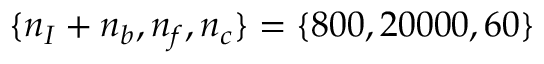
\{ n _ { I } + n _ { b } , n _ { f } , n _ { c } \} = \{ 8 0 0 , 2 0 0 0 0 , 6 0 \}